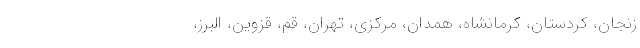
زنجان، کردستان، کرمانشاه، همدان، مرکزی، تهران، قم، قزوین، البرز،